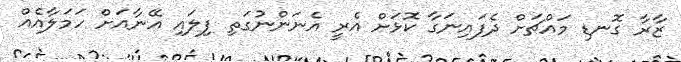
ޒާރާ ގޮނޑި މައްޗަށް ދެފައިނަގާ ކޮޅަށް އެރީ އެނަންނުގަތި ފިލައި އޭނާއަށް ހަމަލާއެއް